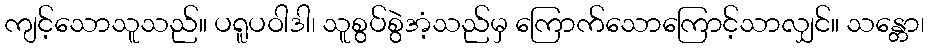
ကျင့်သောသူသည်။ ပရူပဝါဒါ၊ သူစွပ်စွဲအံ့သည်မှ ကြောက်သောကြောင့်သာလျှင်။ သန္တော၊